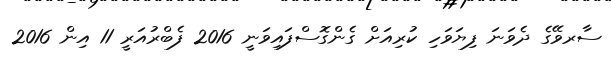
ސާރވޭގެ ދެވަނަ ފިޔަވަހި ކުރިއަށް ގެންގޮސްފައިވަނީ 2016 ފެބްރުއަރީ 11 އިން 2016